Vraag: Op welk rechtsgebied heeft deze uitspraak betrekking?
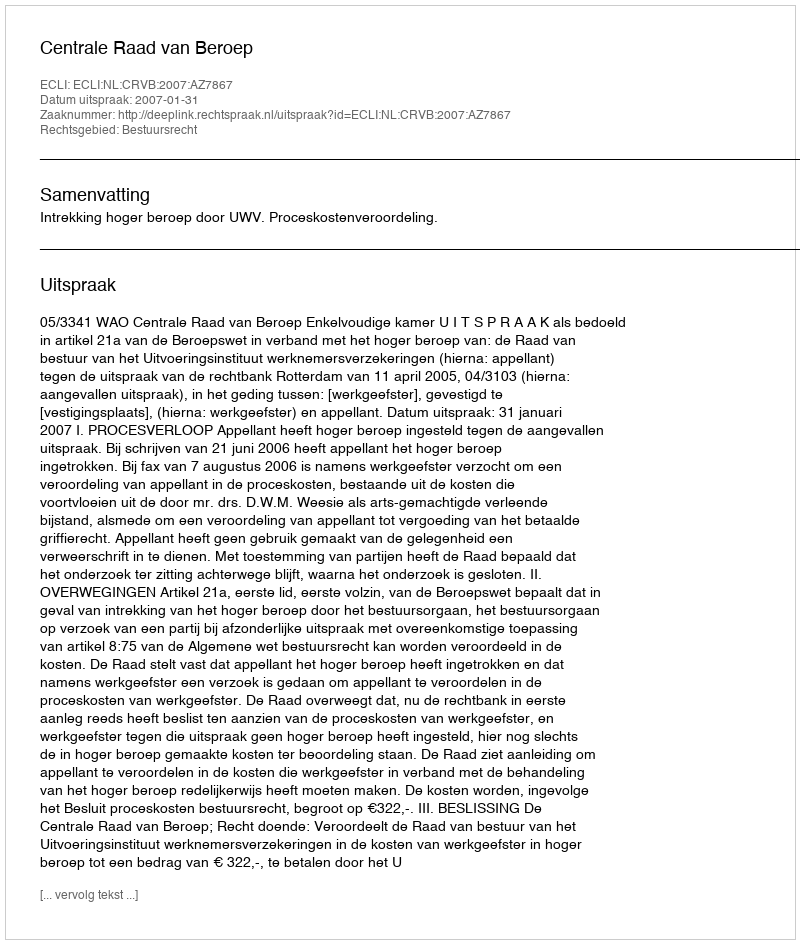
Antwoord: Bestuursrecht